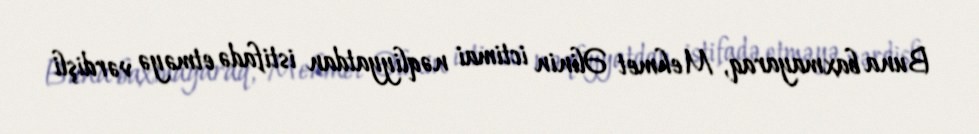
Buna baxmayaraq, Mehmet Əlinin ictimai nəqliyyatdan istifadə etməyə vərdişli